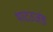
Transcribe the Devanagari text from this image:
थाटउजंड